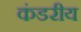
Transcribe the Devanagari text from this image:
कंडरीय